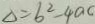
\Delta = b ^ { 2 } - 4 a c